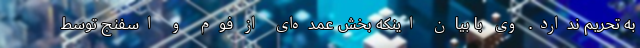
به تحریم ندارد. وی با بیان اینکه بخش عمده‌ای از فوم و اسفنج توسط